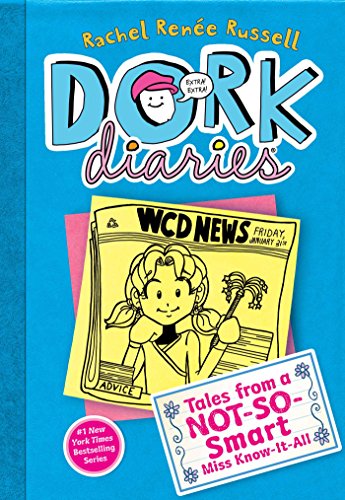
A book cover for Dork Diaries 5: Tales from a Not-So-Smart Miss Know-It-All; Rachel RenÃ©e Russell; Children's Books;